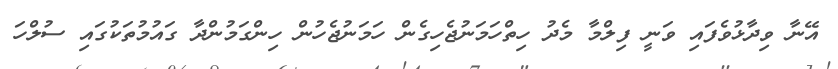
އޭނާ ވިދާޅުވެފައި ވަނީ ފިލްމާ މެދު ހިތްހަމަނުޖެހިގެން ހަމަނުޖެހުން ހިންގަމުންދާ ގައުމުތަކުގައި ސުލްހަ